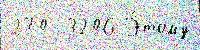
270  3206 Э́тому